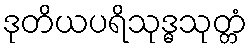
ဒုတိယပရိသုဒ္ဓသုတ္တံ